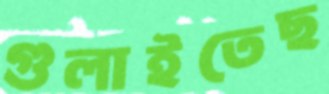
গুলাইতেছ